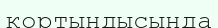
қортындысында